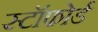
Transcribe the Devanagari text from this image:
स्टॉफोर्ड